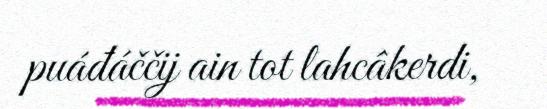
puáđáččij ain tot lahcâkerdi,